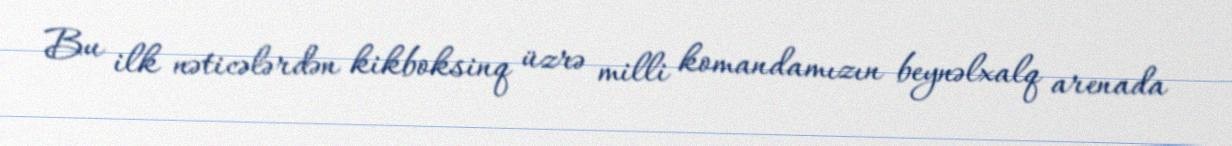
Bu ilk nəticələrdən kikboksinq üzrə milli komandamızın beynəlxalq arenada